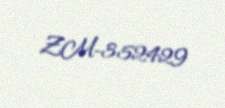
ZM-352429